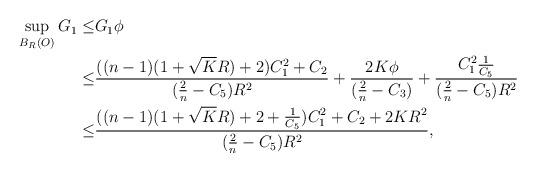
LaTeX: \begin{align*}\begin{aligned}\sup_{B_{R}(O)}G_{1}\leq&G_{1}\phi\\\leq&\frac{((n-1)(1+\sqrt{K} R)+2)C_{1}^{2}+C_2}{(\frac{2}{n}-C_{5})R^{2}}+\frac{2K\phi}{(\frac{2}{n}-C_{3})}+\frac{C_{1}^{2}\frac{1}{C_{5}}}{(\frac{2}{n}-C_{5})R^{2}}\\\leq&\frac{((n-1)(1+\sqrt{K} R)+2+\frac{1}{C_{5}})C_{1}^{2}+C_2+2KR^{2}}{(\frac{2}{n}-C_{5})R^{2}},\end{aligned}\end{align*}